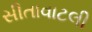
સીતાવાટલી